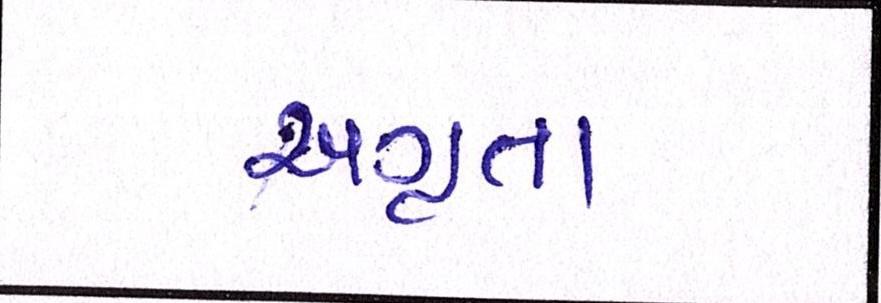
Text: અગ્રતા